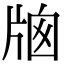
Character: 𤗄